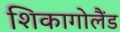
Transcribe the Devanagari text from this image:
शिकागोलैंड